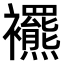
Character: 𧟍